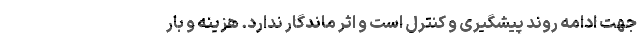
جهت ادامه روند پیشگیری و کنترل است و اثر ماندگار ندارد. هزینه و بار